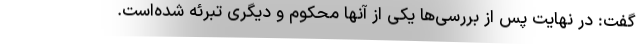
گفت: در نهایت پس از بررسی‌ها یکی از آنها محکوم و دیگری تبرئه شده‌است.